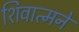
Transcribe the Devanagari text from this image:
शिवात्मने